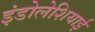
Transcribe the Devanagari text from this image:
इंडोलेशियाई